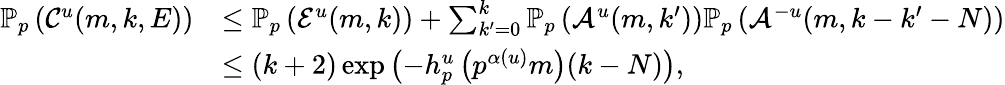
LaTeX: \begin{array}{rl}{\mathbb{P}_{p}\left(\mathcal C^{u}(m,k,E)\right)}&{\leq\mathbb{P}_{p}\left(\mathcal{E}^{u}(m,k)\right)+\sum_{k^{\prime}=0}^{k}\mathbb{P}_{p}\left(\mathcal{A}^{u}(m,k^{\prime})\right)\mathbb{P}_{p}\left(\mathcal{A}^{-u}(m,k-k^{\prime}-N)\right)}\\ &{\leq(k+2)\exp\left(-h_{p}^{u}\left(p^{\alpha(u)}m\right)(k-N)\right),}\end{array}